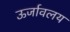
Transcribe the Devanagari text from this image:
ऊर्जावलय